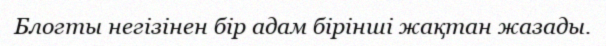
Блогты негізінен бір адам бірінші жақтан жазады.